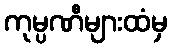
ကုမ္ပဏီများထံမှ